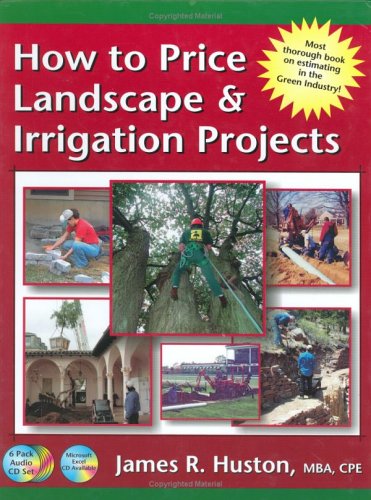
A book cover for How to Price Landscape & Irrigation Projects (Greenback Series); James R. Huston; Education & Teaching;